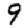
Digit: 9